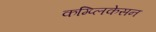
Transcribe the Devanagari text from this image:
कम्प्लिकेसन